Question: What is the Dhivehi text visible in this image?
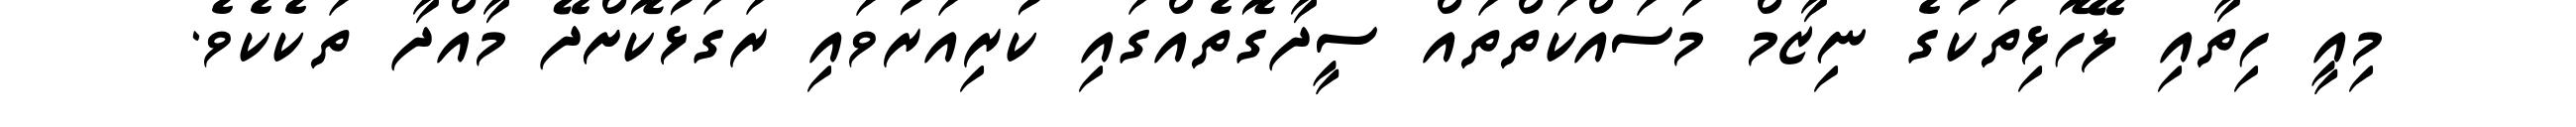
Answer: މިއީ ހިތާއި ލޭހޮޅިތަކުގެ ނިޒާމް މަސައްކަތްތައް ސީދާގޮތެއްގައި ކުރިއަރުވައި ރަގަޅުކޮށްދޭ މާއްދާ ތަކެކެވެ.